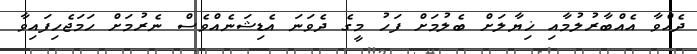
ދެއްވާ އެއްބާރުލުމާއި ޚިޔާލަށް ބެލުމަށް ފަހު މީގެ ދެވަނަ އެޑިޝަނެއްވެސް ނެރުމަށް ހަމަޖެހިފައިވާ